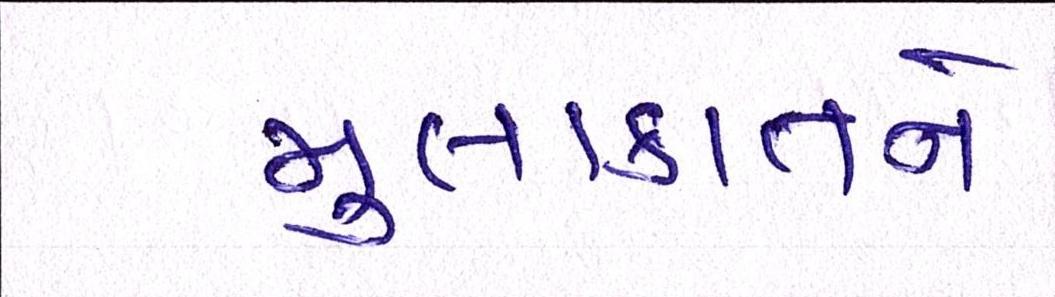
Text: મુલાકાતને